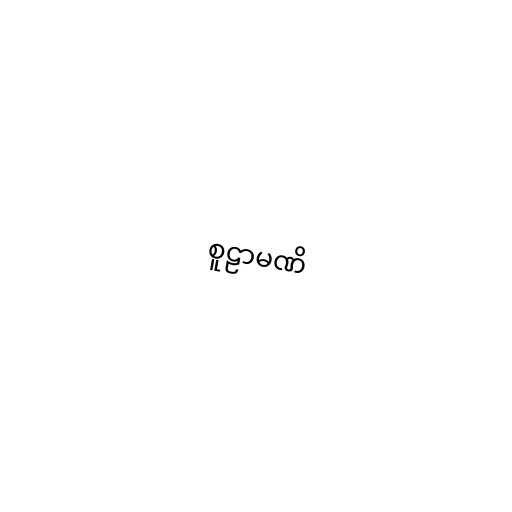
စူဠာမဏိ